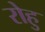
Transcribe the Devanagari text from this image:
रोहु